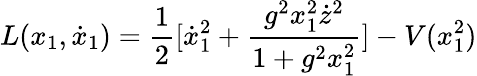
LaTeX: L(x_{1},\dot{x}_{1})=\frac{1}{2}[\dot{x}_{1}^{2}+\frac{g^{2}x_{1}^{2}\dot{z}^{2}}{1+g^{2}x_{1}^{2}}]-V(x_{1}^{2})